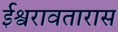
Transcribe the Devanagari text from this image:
ईश्वरावतारास